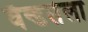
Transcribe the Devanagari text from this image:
वॅन्डर्सेला